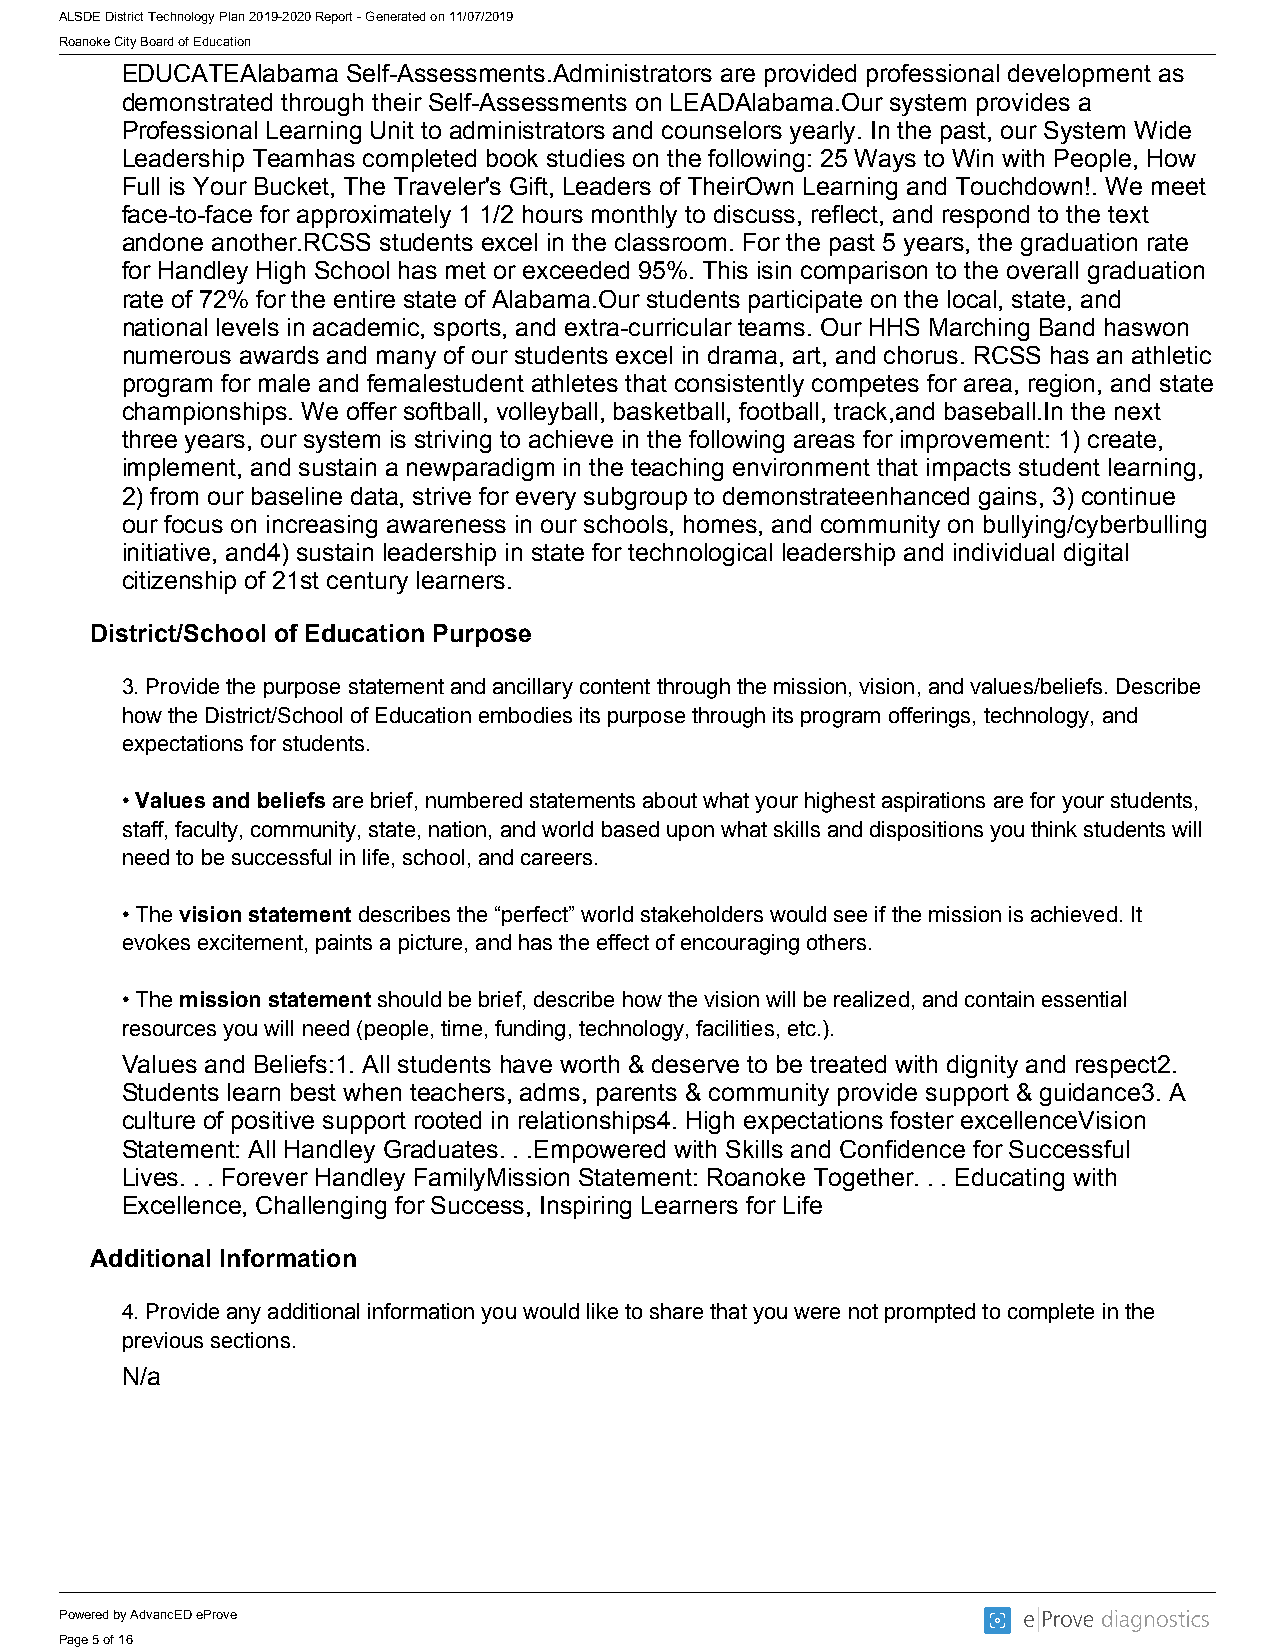
ALSDE District Technology Plan 2019-2020 Report - Generated on 11/07/2019
 Roanoke City Board of Education
 EDUCATEAlabama Self-Assessments.Administrators are provided professional development as
 demonstrated through their Self-Assessments on LEADAlabama.Our system provides a
 Professional Learning Unit to administrators and counselors yearly. In the past, our System Wide
 Leadership Teamhas completed book studies on the following: 25 Ways to Win with People, How
 Full is Your Bucket, The Traveler's Gift, Leaders of TheirOwn Learning and Touchdown!. We meet
 face-to-face for approximately 1 1/2 hours monthly to discuss, reflect, and respond to the text
 andone another.RCSS students excel in the classroom. For the past 5 years, the graduation rate
 for Handley High School has met or exceeded 95%. This isin comparison to the overall graduation
 rate of 72% for the entire state of Alabama.Our students participate on the local, state, and
 national levels in academic, sports, and extra-curricular teams. Our HHS Marching Band haswon
 numerous awards and many of our students excel in drama, art, and chorus. RCSS has an athletic
 program for male and femalestudent athletes that consistently competes for area, region, and state
 championships. We offer softball, volleyball, basketball, football, track,and baseball.In the next
 three years, our system is striving to achieve in the following areas for improvement: 1) create,
 implement, and sustain a newparadigm in the teaching environment that impacts student learning,
 2) from our baseline data, strive for every subgroup to demonstrateenhanced gains, 3) continue
 our focus on increasing awareness in our schools, homes, and community on bullying/cyberbulling
 initiative, and4) sustain leadership in state for technological leadership and individual digital
 citizenship of 21st century learners.
 District/School of Education Purpose
 3. Provide the purpose statement and ancillary content through the mission, vision, and values/beliefs. Describe
 how the District/School of Education embodies its purpose through its program offerings, technology, and
 expectations for students.
 • Values and beliefs are brief, numbered statements about what your highest aspirations are for your students,
 staff, faculty, community, state, nation, and world based upon what skills and dispositions you think students will
 need to be successful in life, school, and careers.
 • The vision statement describes the “perfect” world stakeholders would see if the mission is achieved. It
 evokes excitement, paints a picture, and has the effect of encouraging others.
 • The mission statement should be brief, describe how the vision will be realized, and contain essential
 resources you will need (people, time, funding, technology, facilities, etc.).
 Values and Beliefs:1. All students have worth & deserve to be treated with dignity and respect2.
 Students learn best when teachers, adms, parents & community provide support & guidance3. A
 culture of positive support rooted in relationships4. High expectations foster excellenceVision
 Statement: All Handley Graduates. . .Empowered with Skills and Confidence for Successful
 Lives. . . Forever Handley FamilyMission Statement: Roanoke Together. . . Educating with
 Excellence, Challenging for Success, Inspiring Learners for Life
 Additional Information
 4. Provide any additional information you would like to share that you were not prompted to complete in the
 previous sections.
 N/a
 Powered by AdvancED eProve
 Page 5 of 16